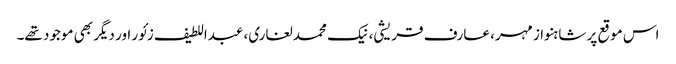
اس موقع پر شاہنواز مہر، عارف قریشی، نیک محمد لغاری، عبداللطیف زئور اور دیگر بھی موجود تھے۔